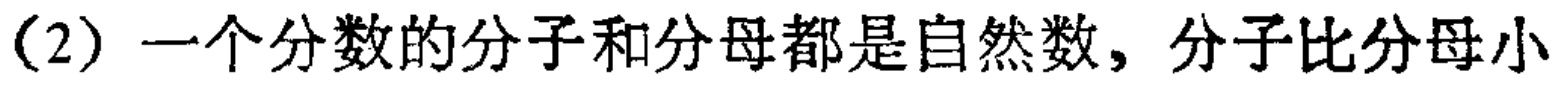
（2）一个分数的分子和分母都是自然数，分子比分母小